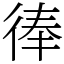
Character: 𢔓